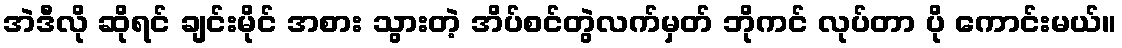
အဲဒီလို ဆိုရင် ချင်းမိုင် အစား သွားတဲ့ အိပ်စင်တွဲလက်မှတ် ဘိုကင် လုပ်တာ ပို ကောင်းမယ်။